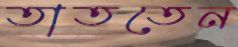
তাততেন